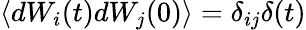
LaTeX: \left\langle dW_{i}(t)dW_{j}(0)\right\rangle=\delta_{ij}\delta(t)